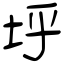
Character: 垀